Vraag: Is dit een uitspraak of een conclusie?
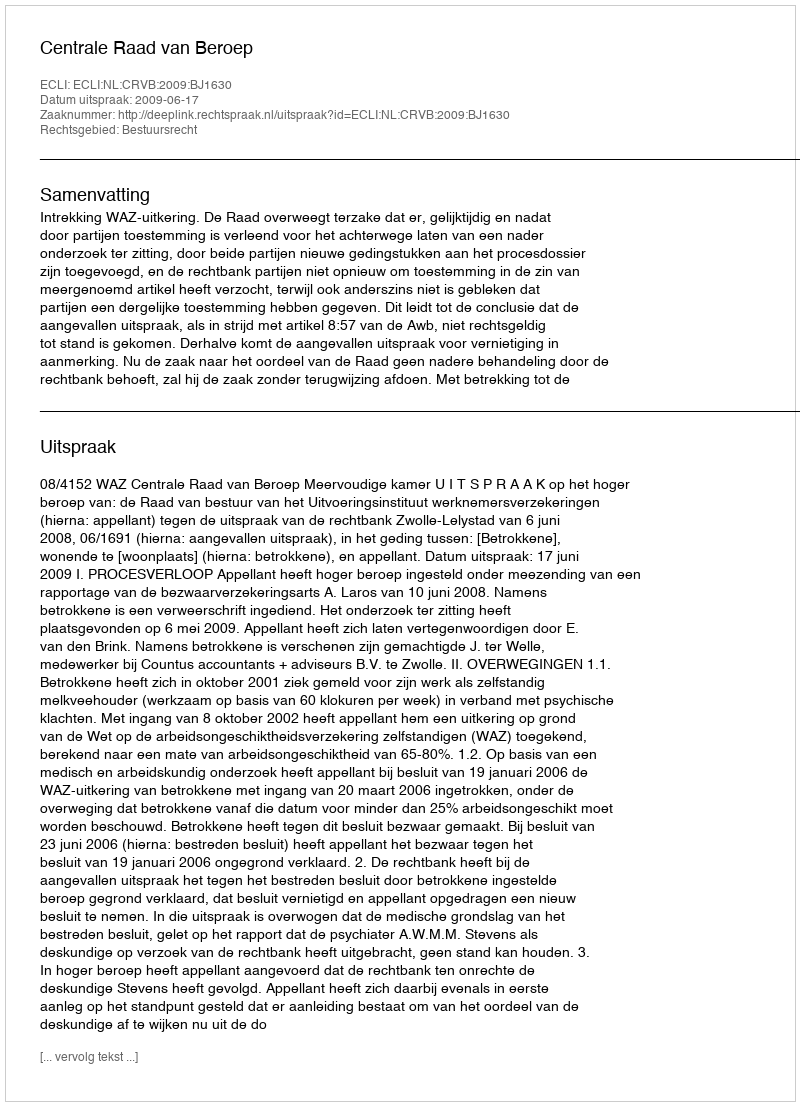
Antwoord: Uitspraak